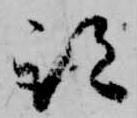
跡